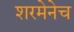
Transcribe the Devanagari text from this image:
शरमेनेच